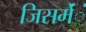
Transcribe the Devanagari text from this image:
जिसमेंंं